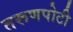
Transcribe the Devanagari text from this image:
तरूणपोटी